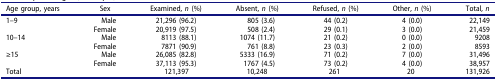
<table><thead><tr><td><b>Age group, years</b></td><td><b>Sex</b></td><td><b>Examined, <i>n</i> (%)</b></td><td><b>Absent, <i>n</i> (%)</b></td><td><b>Refused, <i>n</i> (%)</b></td><td><b>Other, <i>n</i> (%)</b></td><td><b>Total, <i>n</i></b></td></tr></thead><tbody><tr><td>1–9</td><td>Male</td><td>21,296 (96.2)</td><td>805 (3.6)</td><td>44 (0.2)</td><td>4 (0.0)</td><td>22,149</td></tr><tr><td> </td><td>Female</td><td>20,919 (97.5)</td><td>508 (2.4)</td><td>29 (0.1)</td><td>3 (0.0)</td><td>21,459</td></tr><tr><td>10–14</td><td>Male</td><td>8113 (88.1)</td><td>1074 (11.7)</td><td>21 (0.2)</td><td>0 (0.0)</td><td>9208</td></tr><tr><td> </td><td>Female</td><td>7871 (90.9)</td><td>761 (8.8)</td><td>23 (0.3)</td><td>2 (0.0)</td><td>8593</td></tr><tr><td>≥15</td><td>Male</td><td>26,085 (82.8)</td><td>5333 (16.9)</td><td>71 (0.2)</td><td>7 (0.0)</td><td>31,496</td></tr><tr><td> </td><td>Female</td><td>37,113 (95.3)</td><td>1767 (4.5)</td><td>73 (0.2)</td><td>4 (0.0)</td><td>38,957</td></tr><tr><td colspan="2">Total</td><td>121,397</td><td>10,248</td><td>261</td><td>20</td><td>131,926</td></tr></tbody></table>